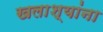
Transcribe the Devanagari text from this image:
खलाश्यांना